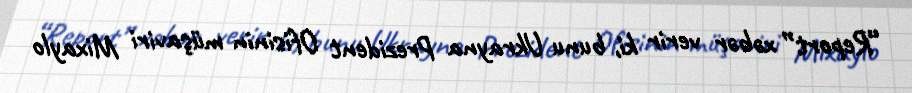
“Report” xəbər verir ki, bunu Ukrayna Prezident Ofisinin müşaviri Mixaylo